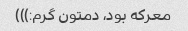
معرکه بود، دمتون گرم:)))